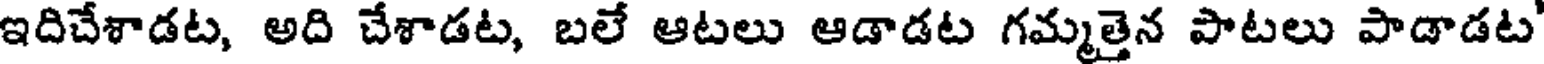
ఇదిచేశాడట, అది చేశాడట, బలే ఆటలు ఆడాడట గమ్మత్తైన పాటలు పాడాడట